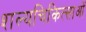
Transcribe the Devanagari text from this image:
शल्यचिकित्साओं